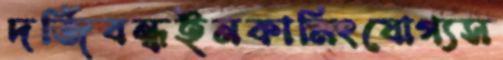
দর্জিবন্ধইনকামিংযোগ্যস